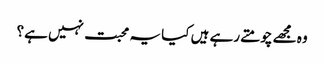
وہ مجھے چومتے رہے ہیں کیا یہ محبت نہیں ہے؟